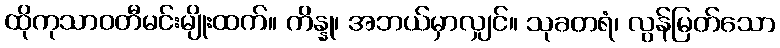
ထိုကုသာဝတီမင်းမျိုးထက်။ ကိန္နု၊ အဘယ်မှာလျှင်။ သုခတရံ၊ လွန်မြတ်သော